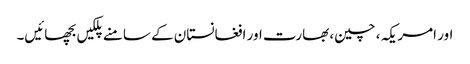
اور امریکہ ، چین، بھارت اور افغانستان کے سامنے پلکیں بچھائیں۔